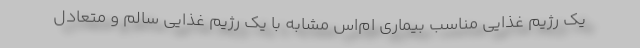
یک رژیم غذایی مناسب بیماری ام‌اس مشابه با یک رژیم غذایی سالم و متعادل